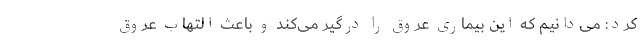
کرد: می‌دانیم که این بیماری عروق را درگیر می‌کند و باعث التهاب عروق